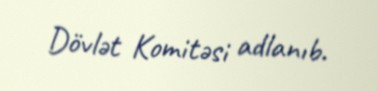
Dövlət Komitəsi adlanıb.